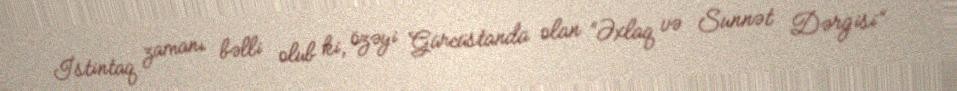
İstintaq zamanı bəlli olub ki, özəyi Gürcüstanda olan “Əxlaq və Sunnət Dərgisi”